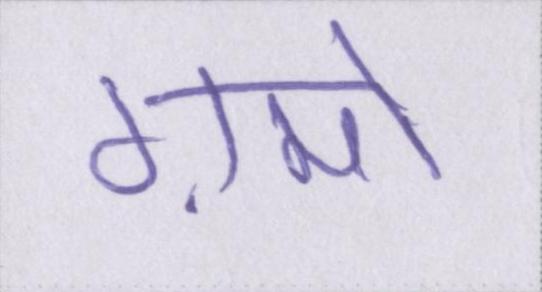
ग़मों